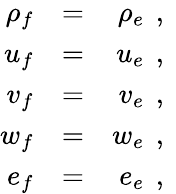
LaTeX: \begin{array}{rlr}{{\rho_{f}}}&{{}{=}}&{{\rho_{e}\, \mathrm{~,~}}}\\ {{u_{f}}}&{{}{=}}&{{u_{e}\, \mathrm{~,~}}}\\ {{v_{f}}}&{{}{=}}&{{v_{e}\, \mathrm{~,~}}}\\ {{w_{f}}}&{{}{=}}&{{w_{e}\, \mathrm{~,~}}}\\ {{e_{f}}}&{{}{=}}&{{e_{e}\, \mathrm{~,~}}}\end{array}